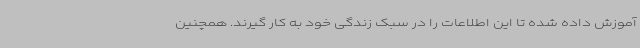
آموزش داده شده تا این اطلاعات را در سبک زندگی خود به کار گیرند. همچنین